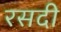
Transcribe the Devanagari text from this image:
रसदी